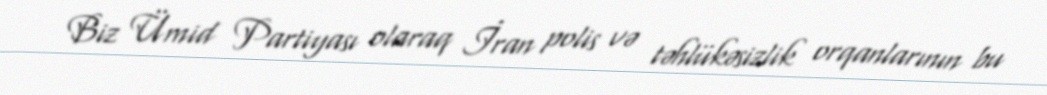
Biz Ümid Partiyası olaraq İran polis və təhlükəsizlik orqanlarının bu